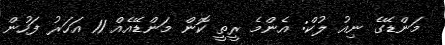
މަންޑޭގެ ނިއު ލުކް: އެންމެ ރީތީ ކޮން މަންޑޭއެއް 11 އަހަރު ފަހުން